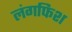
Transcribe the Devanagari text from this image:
लंगफिश